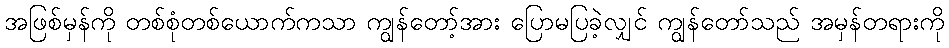
အဖြစ်မှန်ကို တစ်စုံတစ်ယောက်ကသာ ကျွန်တော့်အား ပြောမပြခဲ့လျှင် ကျွန်တော်သည် အမှန်တရားကို